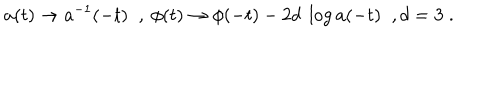
LaTeX: a ( t ) \rightarrow a ^ { - 1 } ( - t ) \; \; , ~ \phi ( t ) \rightarrow \phi ( - t ) - 2 d ~ \log a ( - t ) \; \; , d = 3 \; .